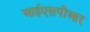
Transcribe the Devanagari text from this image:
आईएसपीआर